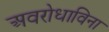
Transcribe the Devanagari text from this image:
अवरोधाविना